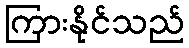
ကြားနိုင်သည်